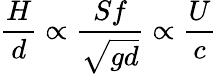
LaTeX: \frac{H}{d}\propto\frac{Sf}{\sqrt{gd}}\propto\frac{U}{c}